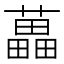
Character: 藟